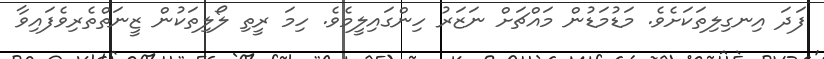
ފަދަ އިނގިލިތަކަށެވެ. މަޑުމަޑުން މައްޗަށް ނަޒަރު ހިންގައިލީމެވެ. ހިމަ ރީތި ލޯލިތަކުން ޒީނަތްތެރިވެފައިވާ